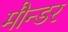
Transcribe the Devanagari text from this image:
मौन्डर